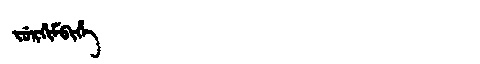
Manchu: ᠵᡠᡵᡤᡳᠮᠪᡳᡥᡝ
Romanization: JURGIMBIHE